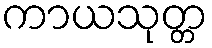
ကာယသုတ္တ